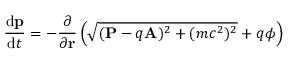
{ \frac { \mathrm { d } \mathbf { p } } { \mathrm { d } t } } = - { \frac { \partial } { \partial \mathbf { r } } } \left( { \sqrt { ( \mathbf { P } - q \mathbf { A } ) ^ { 2 } + ( m c ^ { 2 } ) ^ { 2 } } } + q \phi \right) \,